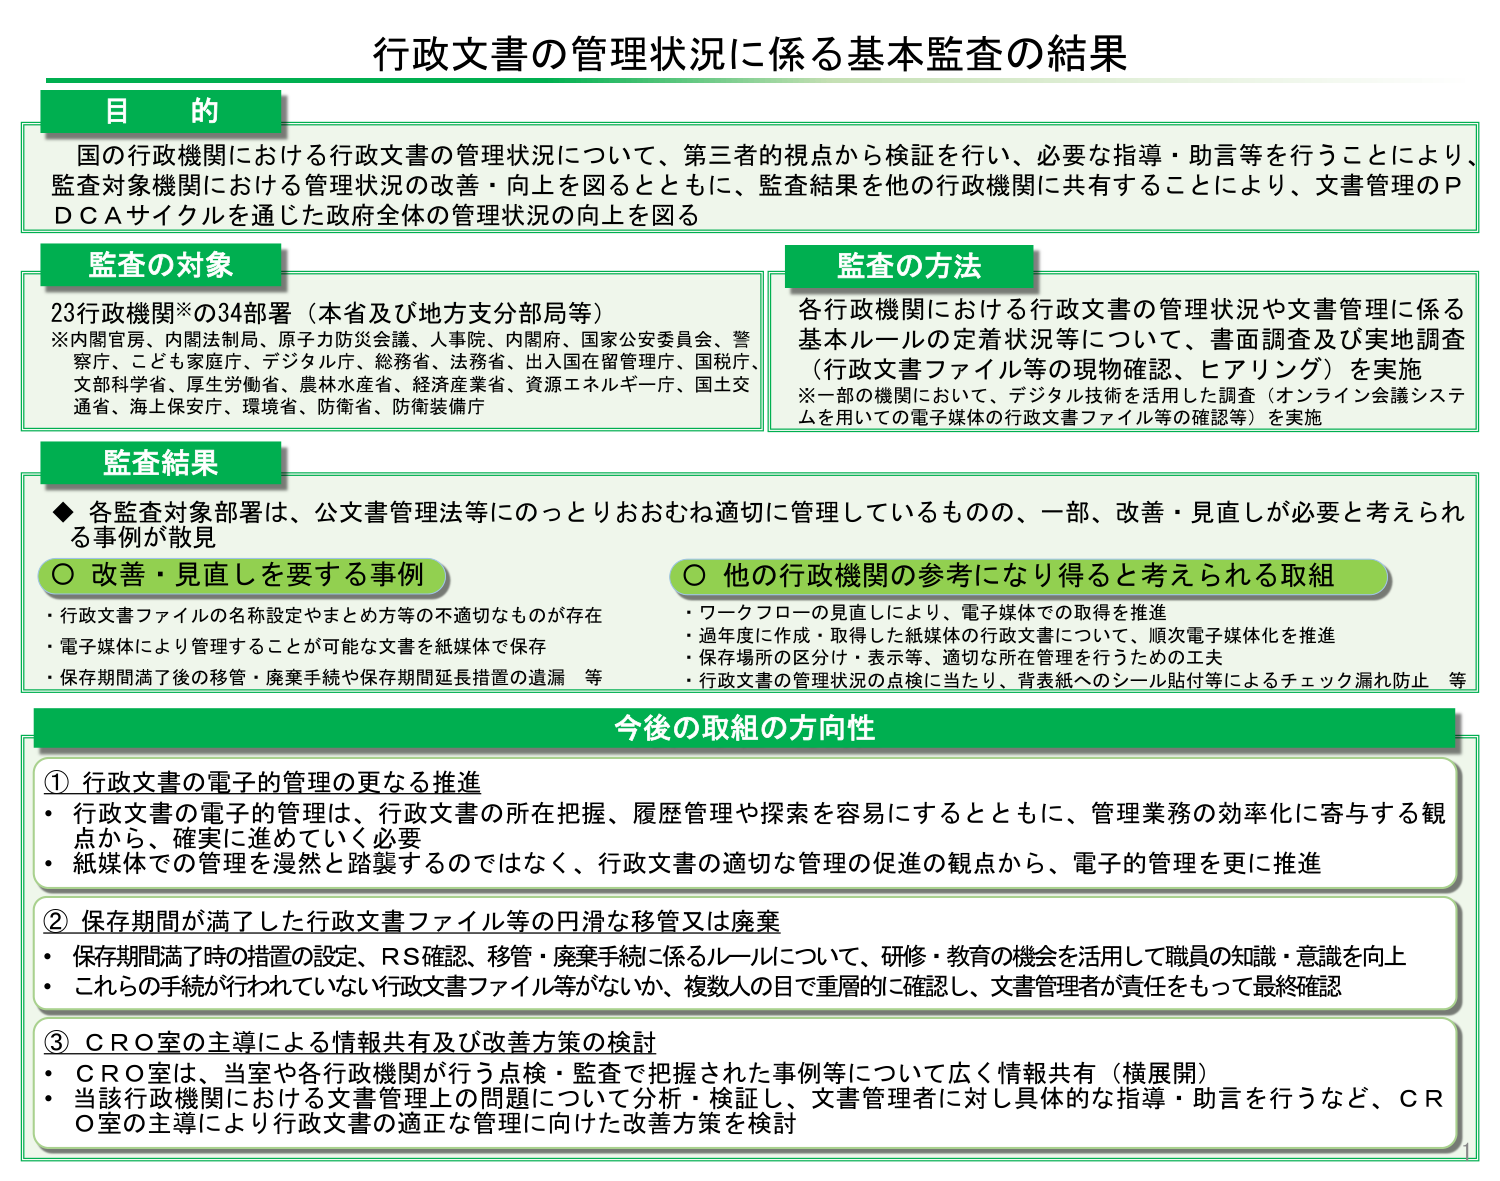
行政文書の管理状況に係る基本監査の結果

目的
国の行政機関における行政文書の管理状況について、第三者の視点から検証を行い、必要な指導・助言等を行うことにより、監査対象機関における管理状況の改善・向上を図るとともに、監査結果を他の行政機関に共有することにより、文書管理のPDCAサイクルを通じた政府全体の管理状況の向上を図る

監査の対象
23行政機関※の34部署（本省及び地方支分部局等）
※内閣官房、内閣法制局、原子力防災会議、人事院、内閣府、国家公安委員会、警察庁、こども家庭庁、デジタル庁、総務省、法務省、出入国在留管理庁、国税庁、文部科学省、厚生労働省、農林水産省、経済産業省、資源エネルギー庁、国土交通省、海上保安庁、環境省、防衛省、防衛装備庁

監査の方法
各行政機関における行政文書の管理状況や文書管理に係る基本ルールの定着状況等について、書面調査及び実地調査（行政文書ファイル等の現物確認、ヒアリング）を実施
※一部の機関において、デジタル技術を活用した調査（オンライン会議システムを用いての電子媒体の行政文書ファイル等の確認等）を実施

監査結果
◆ 各監査対象部署は、公文書管理法等にのっとりおおむね適切に管理しているものの、一部、改善・見直しが必要と考えられる事例が散見

○ 改善・見直しを要する事例
・行政文書ファイルの名称設定やまとめ方等の不適切なもののが存在
・電子媒体により管理することが可能な文書を紙媒体で保存
・保存期間満了後の移管・廃棄手続や保存期間延長措置の遺漏 等

○ 他の行政機関の参考になり得ると考えられる取組
・ワークフローの見直しにより、電子媒体での取得を推進
・過年度で作成・取得した紙媒体の行政文書について、順次電子媒体化を推進
・保存場所の区分け・表示等、適切な所在管理を行うための工夫
・行政文書の管理状況の点検に当たり、背表紙へのシール貼付等によるチェック漏れ防止 等

今後の取組の方向性
① 行政文書の電子的管理の更なる推進
・行政文書の電子的管理は、行政文書の所在把握、履歴管理や探索を容易にするとともに、管理業務の効率化に寄与する観点から、確実に進めていく必要
・紙媒体での管理を漫然と踏襲するのではなく、行政文書の適切な管理の促進の観点から、電子的管理を更に推進

② 保存期間が満了した行政文書ファイル等の円滑な移管又は廃棄
・保存期間満了時の措置の設定、RS確認、移管・廃棄手続に係るルールについて、研修・教育の機会を活用して職員の知識・意識を向上
・これらの手続が行われていない行政文書ファイル等がないか、複数人の目で重層的に確認し、文書管理者が責任をもって最終確認

③ CRO室の主導による情報共有及び改善方策の検討
・CRO室は、当室や各行政機関が行う点検・監査で把握された事例等について広く情報共有（横展開）
・当該行政機関における文書管理上の問題について分析・検証し、文書管理者に対し具体的な指導・助言を行うなど、CRO室の主導により行政文書の適正な管理に向けた改善方策を検討